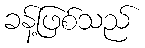
ခန့်ဖြစ်သည်